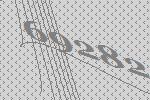
69282